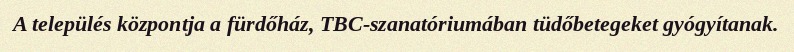
A település központja a fürdőház, TBC-szanatóriumában tüdőbetegeket gyógyítanak.